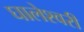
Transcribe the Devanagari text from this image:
घालेश्वरी